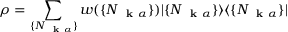
\rho = \sum _ { \{ N _ { \mathrm { ~ \bf ~ k ~ } \alpha } \} } w ( \{ N _ { \mathrm { ~ \bf ~ k ~ } \alpha } \} ) | \{ N _ { \mathrm { ~ \bf ~ k ~ } \alpha } \} \rangle \langle \{ N _ { \mathrm { ~ \bf ~ k ~ } \alpha } \} |